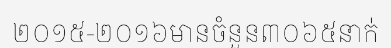
២០១៥-២០១៦មានចំនួន៣០៦៥នាក់